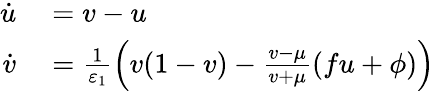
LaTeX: \begin{array}{rl}{\dot{u}}&{{}=v-u}\\ {\dot{v}}&{{}=\frac{1}{\varepsilon_{1}}\Big(v(1-v)-\frac{v-\mu}{v+\mu}(fu+\phi)\Big)}\end{array}